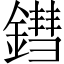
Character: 鏏